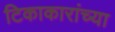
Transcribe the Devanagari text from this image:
टिकाकारांच्या